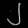
Digit: ၂